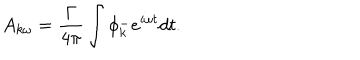
A _ { k \omega } = \frac { \Gamma } { 4 \pi } \int \phi _ { k } ^ { - } e ^ { i \omega t } d t .